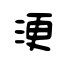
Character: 浭